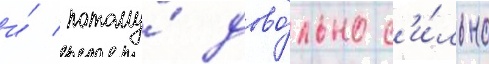
и́ потому́ дово́льно с'и́льно